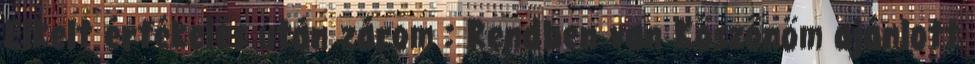
Elkelt értékelés után zárom : Rendben van Köszönöm ajánlott